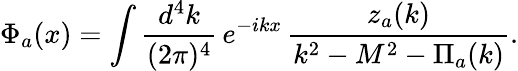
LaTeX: \Phi_{a}(x)=\int\frac{d^{4}k}{(2\pi)^{4}}\, e^{-ikx}\, \frac{z_{a}(k)}{k^{2}-M^{2}-\Pi_{a}(k)}.